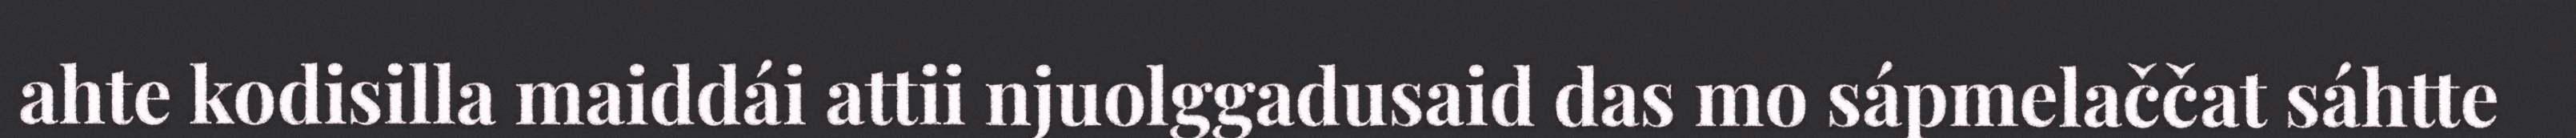
ahte kodisilla maiddái attii njuolggadusaid das mo sápmelaččat sáhtte